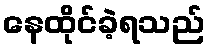
နေထိုင်ခဲ့ရသည်